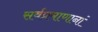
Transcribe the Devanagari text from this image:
सर्वप्रमाणानां